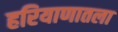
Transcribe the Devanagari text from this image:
हरियाणातला